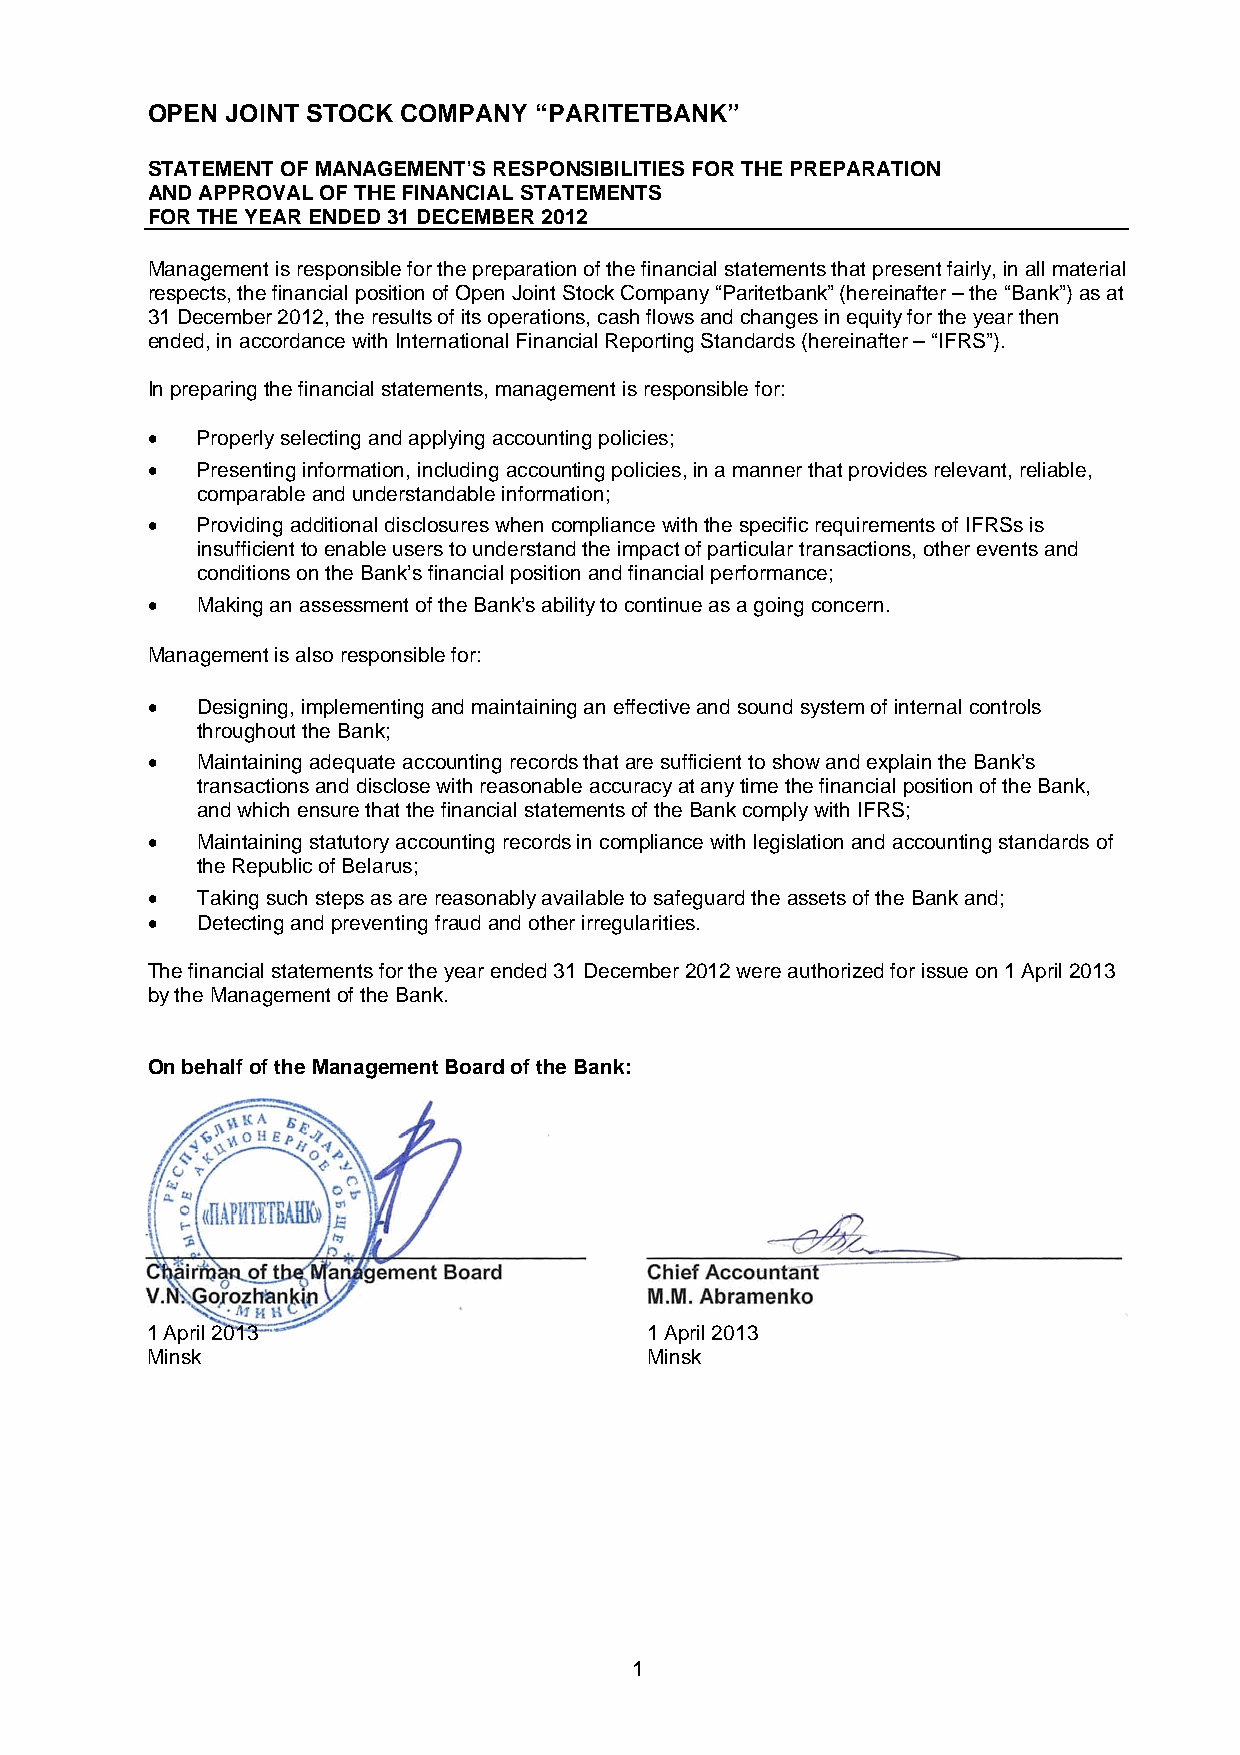
OPEN JOINT STOCK COMPANY “PARITETBANK”
 STATEMENT OF MANAGEMENT’S RESPONSIBILITIES FOR THE PREPARATION
 AND APPROVAL OF THE FINANCIAL STATEMENTS
 FOR THE YEAR ENDED 31 DECEMBER 2012
 Management is responsible for the preparation of the financial statements that present fairly, in all material
 respects, the financial position of Open Joint Stock Company “Paritetbank” (hereinafter – the “Bank”) as at
 31 December 2012, the results of its operations, cash flows and changes in equity for the year then
 ended, in accordance with International Financial Reporting Standards (hereinafter – “IFRS”).
 In preparing the financial statements, management is responsible for:
   Properly selecting and applying accounting policies;
   Presenting information, including accounting policies, in a manner that provides relevant, reliable,
 comparable and understandable information;
   Providing additional disclosures when compliance with the specific requirements of IFRSs is
 insufficient to enable users to understand the impact of particular transactions, other events and
 conditions on the Bank’s financial position and financial performance;
   Making an assessment of the Bank’s ability to continue as a going concern.
 Management is also responsible for:
   Designing, implementing and maintaining an effective and sound system of internal controls
 throughout the Bank;
   Maintaining adequate accounting records that are sufficient to show and explain the Bank’s
 transactions and disclose with reasonable accuracy at any time the financial position of the Bank,
 and which ensure that the financial statements of the Bank comply with IFRS;
   Maintaining statutory accounting records in compliance with legislation and accounting standards of
 the Republic of Belarus;
   Taking such steps as are reasonably available to safeguard the assets of the Bank and;
   Detecting and preventing fraud and other irregularities.
 The financial statements for the year ended 31 December 2012 were authorized for issue on 1 April 2013
 by the Management of the Bank.
 On behalf of the Management Board of the Bank:
 От
 1 April 2013                     1 April 2013
 Minsk                            Minsk
 1